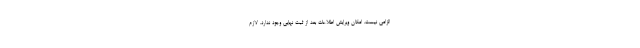
الزامی نیست. امکان ویرایش اطلاعات بعد از ثبت نهایی وجود ندارد. لازم